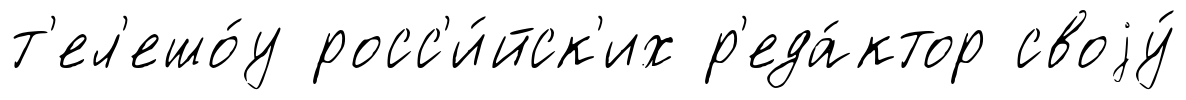
т'ел'ешо́у росс'и́йск'их р'еда́ктор своjу́